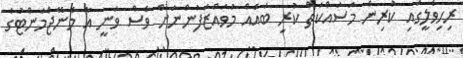
ރިހިވެލީގައި ކުރިން މަސައްކަތް ކުރި ބައެއް މުވައްޒަފުންނަށް ވެސް ވަނީ އާ މެނޭޖްމަންޓުގެ